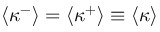
\left\langle \kappa ^ { - } \right\rangle = \left\langle \kappa ^ { + } \right\rangle \equiv \left\langle \kappa \right\rangle